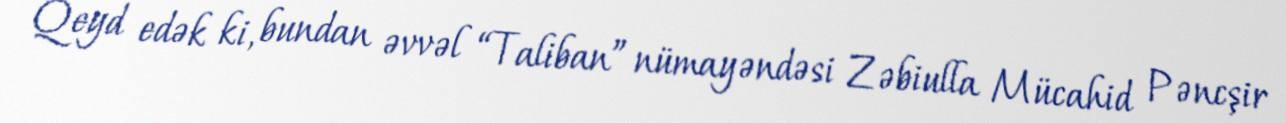
Qeyd edək ki, bundan əvvəl “Taliban” nümayəndəsi Zəbiulla Mücahid Pəncşir